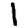
Digit: 1